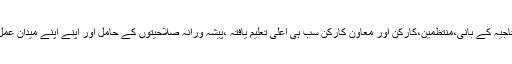
در حقیقت امہ تاجیہ کے بانی،منتظمین،کارکن اور معاون کارکن سب ہی اعلیٰ تعلیم یافتہ ،پیشہ ورانہ صلاحیتوں کے حامل اور اپنے اپنے میدان عمل کے ماہر ہیں۔